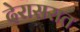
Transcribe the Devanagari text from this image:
देरासरात